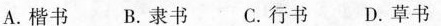
A.楷书B.隶书 C.行书D.草书